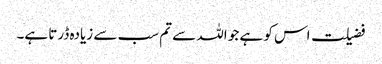
فضیلت اس کو ہے جو اللہ سے تم سب سے زیادہ ڈرتا ہے۔